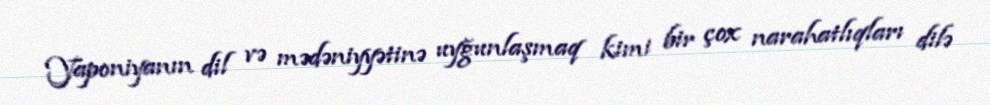
Yaponiyanın dil və mədəniyyətinə uyğunlaşmaq kimi bir çox narahatlıqları dilə